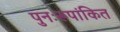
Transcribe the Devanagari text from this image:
पुनःरूपांकित